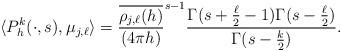
LaTeX: \begin{align*} \langle P_h^k(\cdot, s), \mu_{j, \ell} \rangle = \frac{\overline{\rho_{j,\ell}(h)}}{(4\pi h)}^{s-1} \frac{\Gamma(s + \frac{\ell}{2} - 1) \Gamma(s - \frac{\ell}{2})}{\Gamma(s - \frac{k}{2})}.\end{align*}